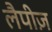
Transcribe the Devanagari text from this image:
लैपीज़